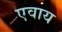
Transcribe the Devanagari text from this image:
एवाय